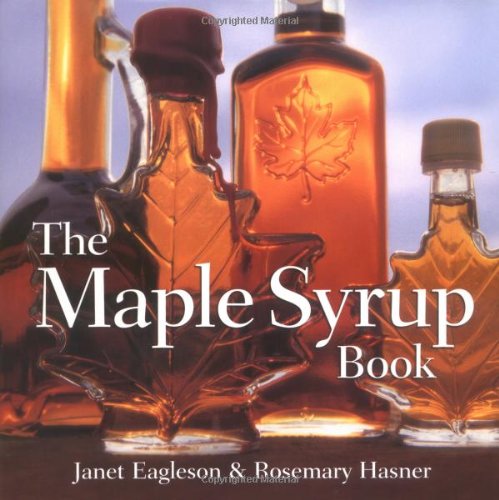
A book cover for The Maple Syrup Book; Janet Eagleson; Crafts, Hobbies & Home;